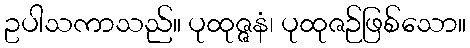
ဥပါသကာသည်။ ပုထုဇ္ဇနံ၊ ပုထုဇဉ်ဖြစ်သော။